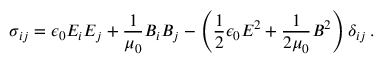
\sigma _ { i j } = \epsilon _ { 0 } E _ { i } E _ { j } + { \frac { 1 } { \mu _ { 0 } } } B _ { i } B _ { j } - \left( { \frac { 1 } { 2 } } \epsilon _ { 0 } E ^ { 2 } + { \frac { 1 } { 2 \mu _ { 0 } } } B ^ { 2 } \right) \delta _ { i j } \, .